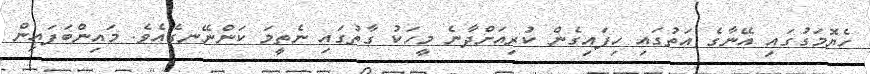
ހެޔޮމަގުގައި އޭނާގެ އަތުގައި ހިފައިގެން ކުރިއަށްދާނެ މީހަކު ގާތުގައި ނެތީމަ ކަންނޭނގެއެވެ. މައިންބަފައިން